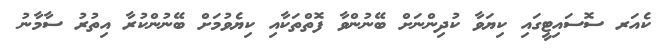
ކެއަރ ސޮސައިޓީގައި ކިޔަވާ ކުދިންނަށް ބޭނުންވާ ފޮތްތަކާއި ކިޔެވުމަށް ބޭނުންކުރާ އިތުރު ސާމާނު